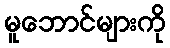
မူဘောင်များကို